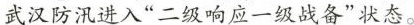
武汉防汛进入”二级响应一级战备”状态。